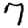
Digit: 7